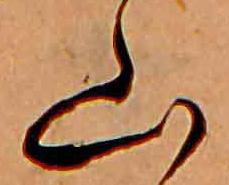
山